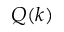
Q ( k )